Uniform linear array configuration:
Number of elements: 16
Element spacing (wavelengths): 0.75
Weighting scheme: blackman
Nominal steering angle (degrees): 45
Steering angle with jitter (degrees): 44.422
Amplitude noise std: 0.05
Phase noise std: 0.05

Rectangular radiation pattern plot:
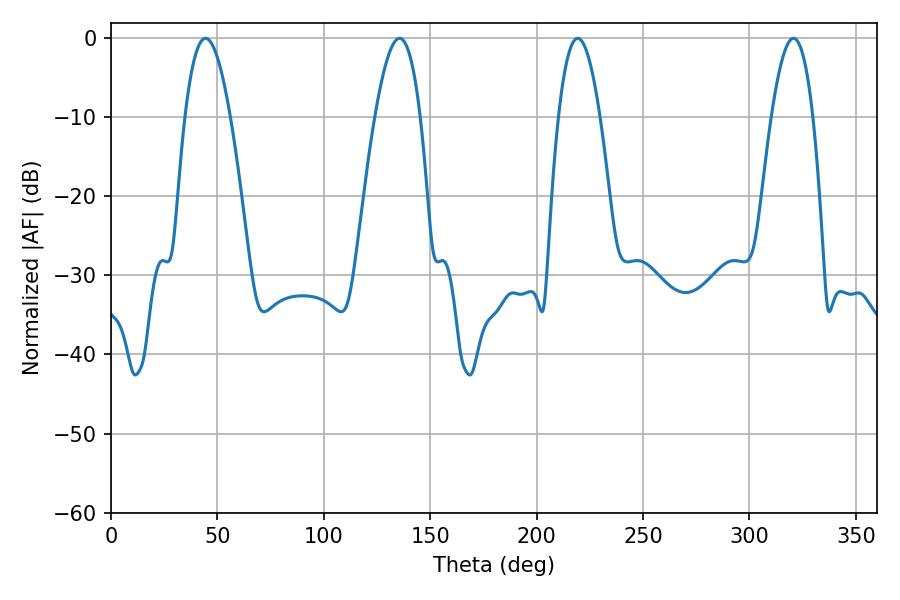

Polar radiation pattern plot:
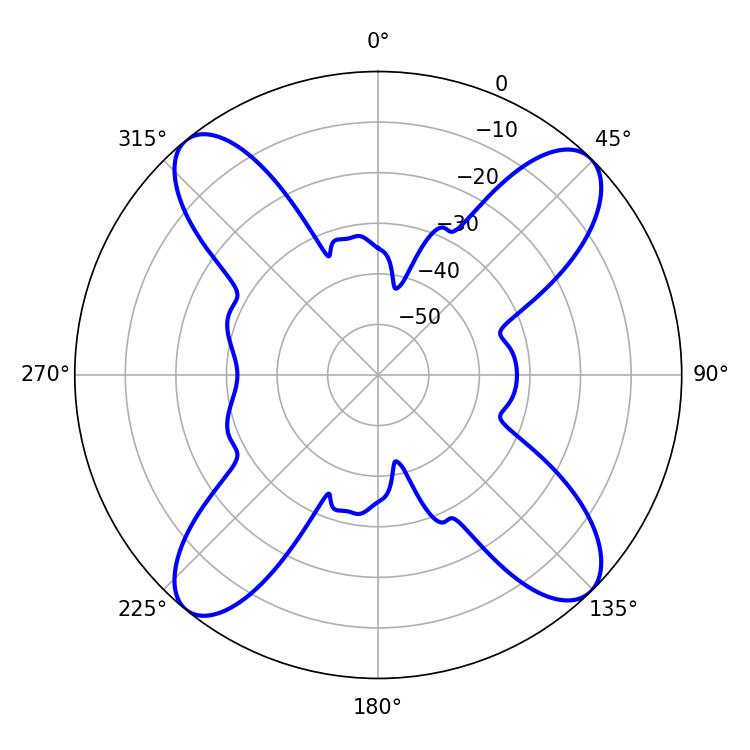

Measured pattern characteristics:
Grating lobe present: TRUE
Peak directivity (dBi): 15.884
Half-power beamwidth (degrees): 11.7
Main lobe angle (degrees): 44.46